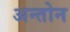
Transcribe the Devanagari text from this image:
अन्तोन